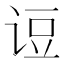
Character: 𰵫